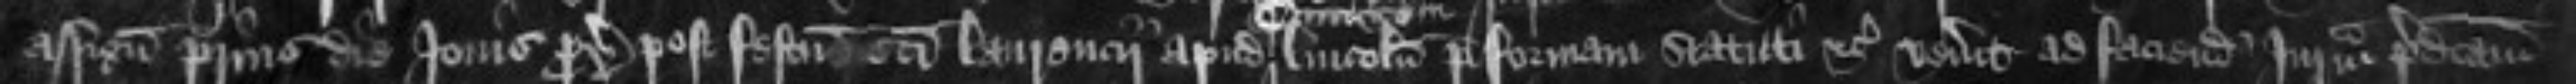
assignatus prius die Jovis proximo post festum sancti Laurencii apud Lincolnie per formam statuti etc venerit ad faciendam Juratam predictam